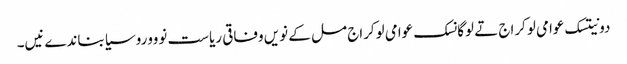
دونیتسک عوامی لوکراج تے لوگانسک عوامی لوکراج مل کے نویں وفاقی ریاست نوووروسیا بناندےنیں۔